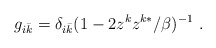
\begin{align*}g_{i\bar {k}}=\delta _{i\bar{k}}(1-2z^kz^{k*}/\beta )^{-1}\ .\end{align*}